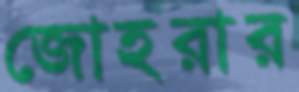
জোহরার